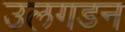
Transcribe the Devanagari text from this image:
उलगडन